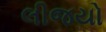
લીજયો